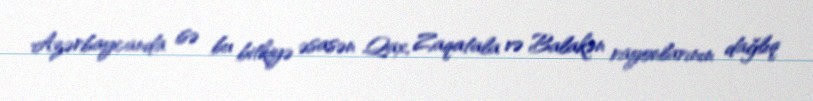
Azərbaycanda isə bu bitkiyə əsasən Qax, Zaqatala və Balakən rayonlarının dağlıq